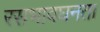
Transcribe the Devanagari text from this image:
रसभावघनता